Civil Veterinary Dept. Assam report 1911-1927 - 1911-1927
Year: 1911
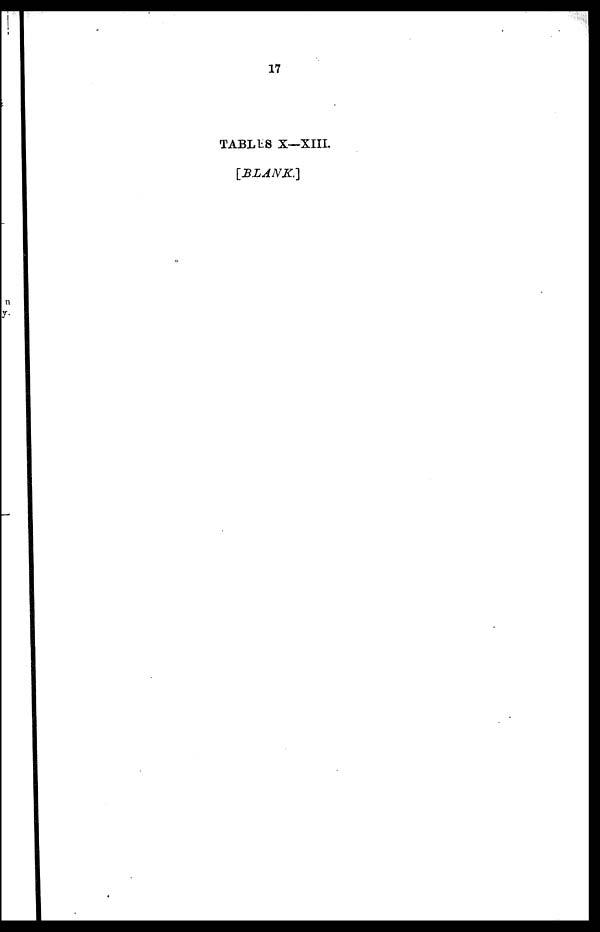
17
TABLES X—XIII.
[BLANK]